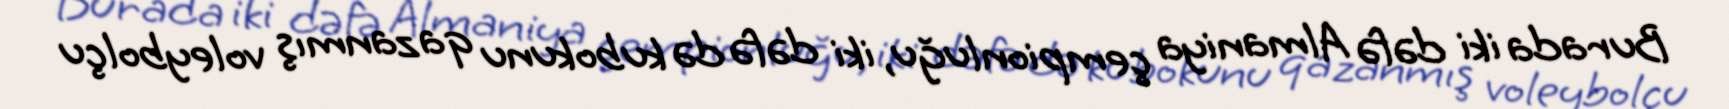
Burada iki dəfə Almaniya çempionluğu, iki dəfə də kubokunu qazanmış voleybolçu